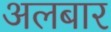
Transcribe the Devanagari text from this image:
अलबार